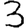
Digit: 3